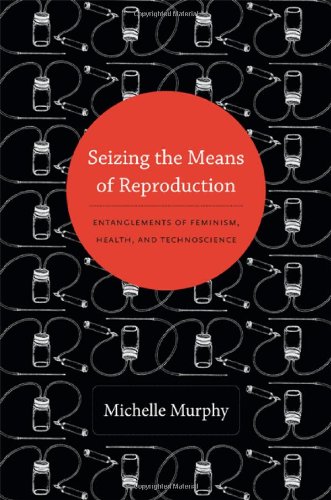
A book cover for Seizing the Means of Reproduction: Entanglements of Feminism, Health, and Technoscience (Experimental Futures); Michelle Murphy; Gay & Lesbian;